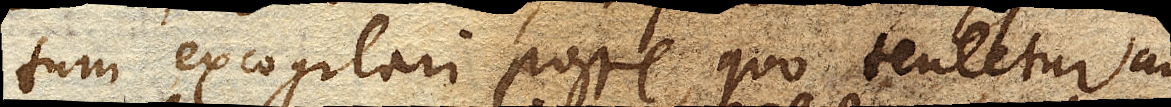
tum excogitari posse, quo tentetur an